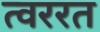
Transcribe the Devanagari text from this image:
त्वररत